Preliminary report on the development of the Leishman-Donovan body in the bed bug - Number 27
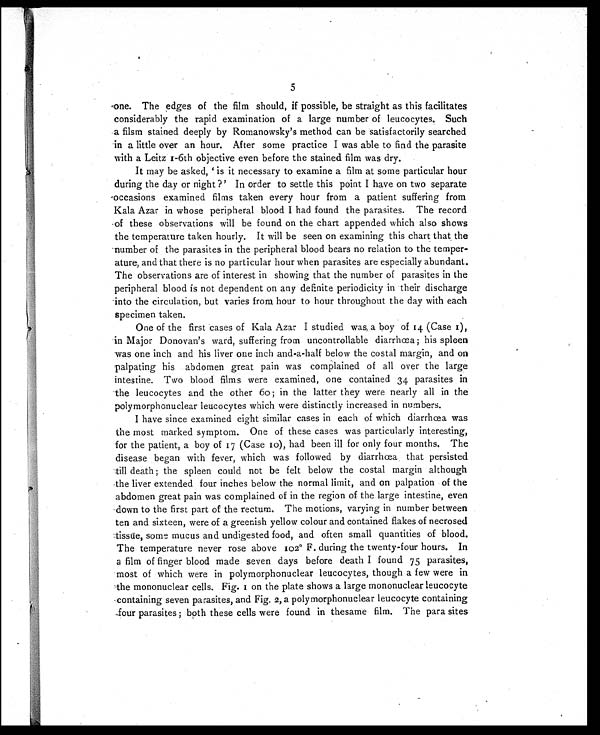
5
one. The edges of the film should, if possible, be straight as this facilitates
considerably the rapid examination of a large number of leucocytes. Such
a filsm stained deeply by Romanowsky's method can be satisfactorily searched
in a little over an hour. After some practice I was able to find the parasite
with a Leitz 1-6th objective even before the stained film was dry.
I t may be asked, ' i s i t necessar y t o exami ne a f i l m at some par t i cul ar hour
during the day or night ?' In order to settle this point I have on two separate
occasions examined films taken every hour from a patient suffering from
Kala Azar in whose peripheral blood I had found the parasites. The record
of these observations will be found on the chart appended which also shows
the temperature taken hourly. It will be seen on examining this chart that , the
number of the parasites in the peripheral blood bears no relation to the temper-
ature, and that there is no particular hour when parasites are especially abundant.
The observations are of interest in showing that the number of parasites in the
peripheral blood is not dependent on any definite periodicity in their discharge
into the circulation, but varies from hour to hour throughout the day with each
specimen taken.
One of the first cases of Kala Azar I studied was, a boy of 14 (Case 1),
in Major Donovan's ward, suffering from uncontrollable diarrhœa; his spleen
was one inch and his liver one inch and-a-half below the costal margin, and on
palpating his abdomen great pain was complained of all over the large
intestine. Two blood films were examined, one contained 34 parasites in
the leucocytes and the other 60 ; in the latter they were nearly all in the
polymorphonuclear leucocytes which were distinctly increased in numbers.
I have since examined eight similar cases in each of which diarrhœa was
the most marked symptom. One of these cases was particularly interesting,
for the patient, a boy of 17 (Case 10), had been ill for only four months. The
disease began with fever, which was followed by diarrhœa that persisted
till death ; the spleen could not be felt below the costal margin although
the liver extended four inches below the normal limit, and on palpation of the
abdomen great pain was complained of in the region of the large intestine, even
down to the first part of the rectum. The motions, varying in number between
ten and sixteen, were of a greenish yellow colour and contained flakes of necrosed
tissüe, some mucus and undigested food, and often small quantities of blood.
The temperature never rose above 102° F. during the twenty-four hours. In
a film of finger blood made seven days before death I found 75 parasites,
most of which were in polymorphonuclear leucocytes, though a few were in
the mononuclear cells. Fig. 1 on the plate shows a large mononuclear leucocyte
containing seven parasites, and Fig. 2, a polymorphonuclear leucocyte containing
Jour parasites ; both these cells were found in thesame film. The para sites